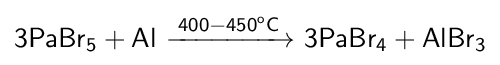
{\mathsf {3PaBr_{5}+Al\ {\xrightarrow {400-450^{o}C}}\ 3PaBr_{4}+AlBr_{3}}}